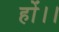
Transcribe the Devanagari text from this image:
हों।।